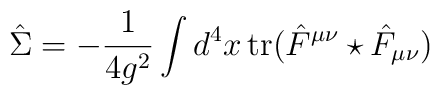
\hat{\Sigma} = -\frac{1}{4g^2} \int d^4x \, \mathrm{tr}(\hat{F}^{\mu\nu} \star \hat{F}_{\mu\nu})